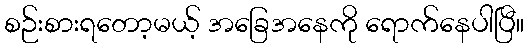
စဉ်းစားရတော့မယ့် အခြေအနေကို ရောက်နေပါပြီ။